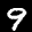
Label: 9